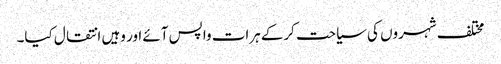
مختلف شہروں کی سیاحت کرکے ہرات واپس آئے اور وہیں انتقال کیا۔